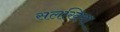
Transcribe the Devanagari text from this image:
सलखिया